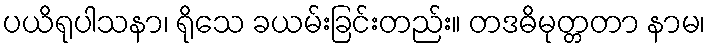
ပယိရုပါသနာ၊ ရိုသေ ခယမ်းခြင်းတည်း။ တဒဓိမုတ္တတာ နာမ၊